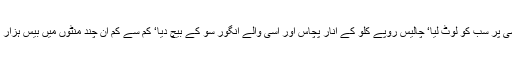
مگر وہ بھی بڑے ہوشیارنکلے کہ رات گئے واپسی پر سب کو لوٹ لیا‘ چالیس روپے کلو کے انار پچاس اور اسی والے انگور سو کے بیچ دیا‘ کم سے کم ان چند منٹوں میں بیس ہزار کی سیل ہوئی اس کی‘ یوں اس کے وارے نیارے۔